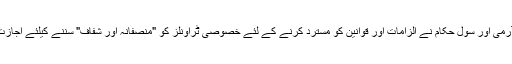
پاکستانی آرمی اور سول حکام نے الزامات اور قوانین کو مسترد کرنے کے لئے خصوصی ٹراونلز کو "منصفانہ اور شفاف" سننے کیلئے اجازت دی ہے۔